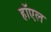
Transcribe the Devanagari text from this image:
हॉएल